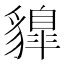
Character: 䝥